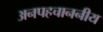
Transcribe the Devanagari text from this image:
अनपहचाननीय